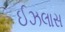
ઈઝલાસ